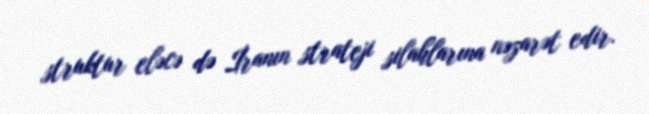
struktur eləcə də İranın strateji silahlarına nəzarət edir.